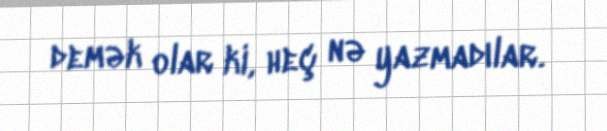
demək olar ki, heç nə yazmadılar.